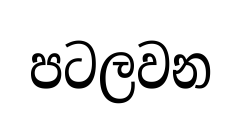
පටලවන